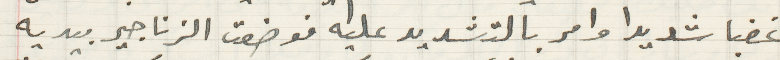
غضبا شديدا وامر بالتشديد عليه فوضعت الزناجير بيديه